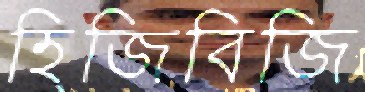
হিজিবিজি